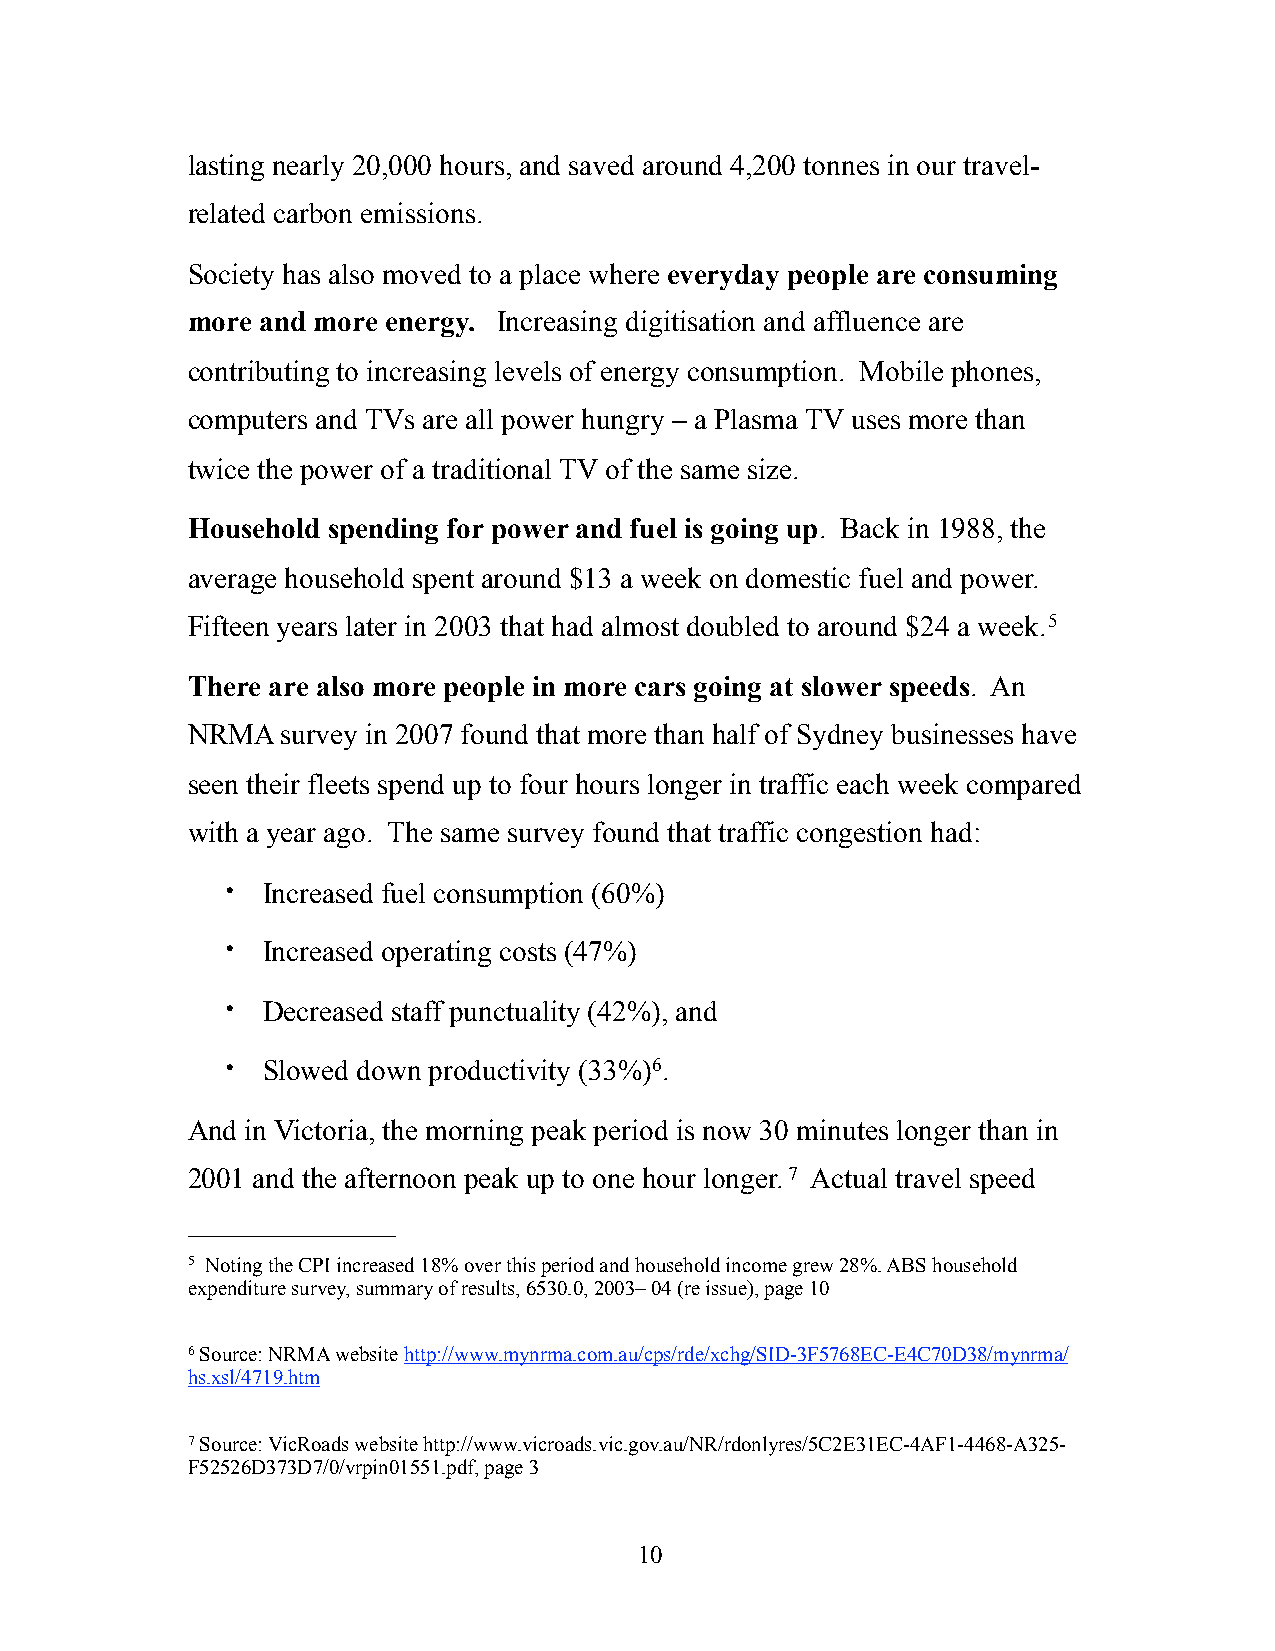
lasting nearly 20,000 hours, and saved around 4,200 tonnes in our travel-
 related carbon emissions.
 Society has also moved to a place where everyday people are consuming
 more and more energy. Increasing digitisation and affluence are
 contributing to increasing levels of energy consumption. Mobile phones,
 computers and TVs are all power hungry – a Plasma TV uses more than
 twice the power of a traditional TV of the same size.
 Household spending for power and fuel is going up. Back in 1988, the
 average household spent around $13 a week on domestic fuel and power.
 Fifteen years later in 2003 that had almost doubled to around $24 a week.5
 There are also more people in more cars going at slower speeds. An
 NRMA   survey in 2007 found that more than half of Sydney businesses have
 seen their fleets spend up to four hours longer in traffic each week compared
 with a year ago. The same survey found that traffic congestion had:
 • Increased fuel consumption (60%)
 • Increased operating costs (47%)
 • Decreased staff punctuality (42%), and
 • Slowed down productivity (33%)6.
 And in Victoria, the morning peak period is now 30 minutes longer than in
 2001 and the afternoon peak up to one hour longer. 7 Actual travel speed
 5 Noting the CPI increased 18% over this period and household income grew 28%. ABS household
 expenditure survey, summary of results, 6530.0, 2003– 04 (re issue), page 10
 6 Source: NRMA website http://www.mynrma.com.au/cps/rde/xchg/SID-3F5768EC-E4C70D38/mynrma/
 hs.xsl/4719.htm
 7 Source: VicRoads website http://www.vicroads.vic.gov.au/NR/rdonlyres/5C2E31EC-4AF1-4468-A325-
 F52526D373D7/0/vrpin01551.pdf, page 3
 10